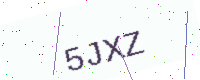
Text: 5JXZ